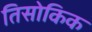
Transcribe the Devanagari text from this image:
तिसोकिक